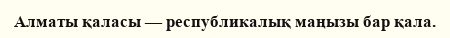
Алматы қаласы — республикалық маңызы бар қала.